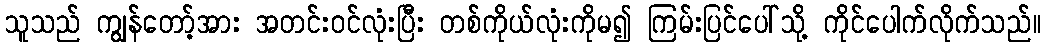
သူသည် ကျွန်တော့်အား အတင်းဝင်လုံးပြီး တစ်ကိုယ်လုံးကိုမ၍ ကြမ်းပြင်ပေါ်သို့ ကိုင်ပေါက်လိုက်သည်။